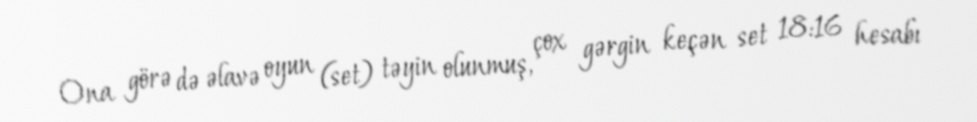
Ona görə də əlavə oyun (set) təyin olunmuş, çox gərgin keçən set 18:16 hesabı